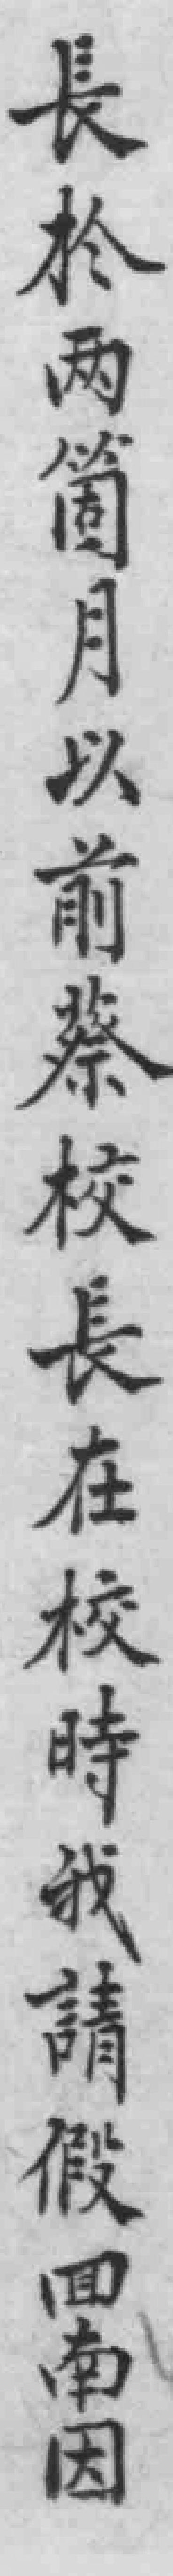
長於两箇月以前蔡校長在校時我請假回南因